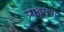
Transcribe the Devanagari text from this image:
प्राइमरा